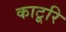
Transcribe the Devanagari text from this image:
काटूरि